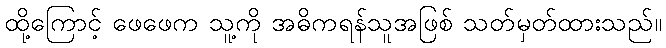
ထို့ကြောင့် ဖေဖေက သူ့ကို အဓိကရန်သူအဖြစ် သတ်မှတ်ထားသည်။